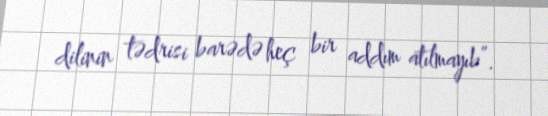
dilinin tədrisi barədə heç bir addım atılmayıb”.